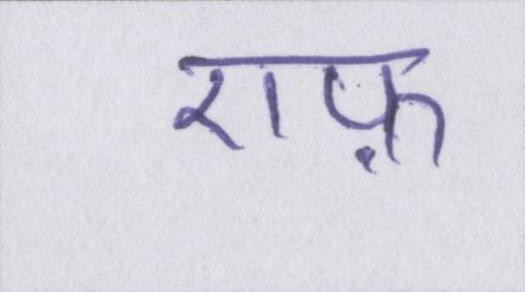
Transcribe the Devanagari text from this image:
एफ़